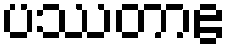
ပဿတာဧ